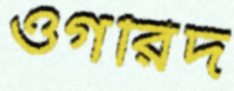
ওগরিদ